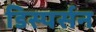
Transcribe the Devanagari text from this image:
डिस्पर्सन